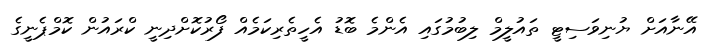
އޭނާއަށް ޔުނިވަސިޓީ ތައުލީމް ލިބުމުގައި އެންމެ ބޮޑު އެހީތެރިކަމެއް ފޯރުކޮށްދިނީ ކްރައުން ކޮމްޕެނީގެ